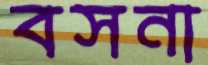
বসনা